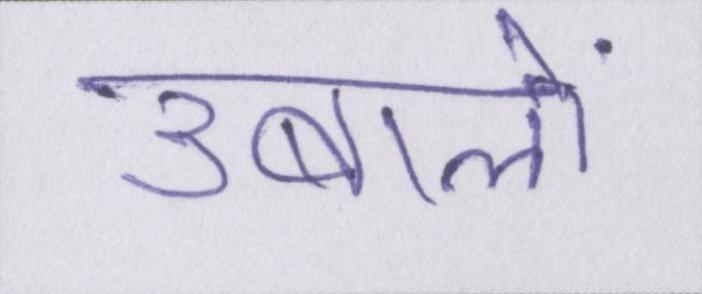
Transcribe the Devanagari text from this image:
उबालें